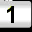
Digit: 1